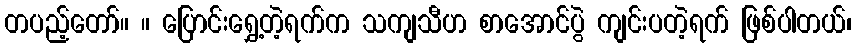
တပည့်တော်။ ။ ပြောင်းရွှေ့တဲ့ရက်က သကျသီဟ စာအောင်ပွဲ ကျင်းပတဲ့ရက် ဖြစ်ပါတယ်၊